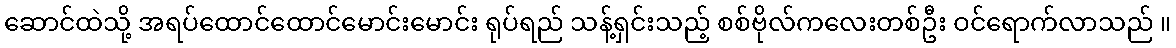
ဆောင်ထဲသို့ အရပ်ထောင်ထောင်မောင်းမောင်း ရုပ်ရည် သန့်ရှင်းသည့် စစ်ဗိုလ်ကလေးတစ်ဦး ဝင်ရောက်လာသည် ။